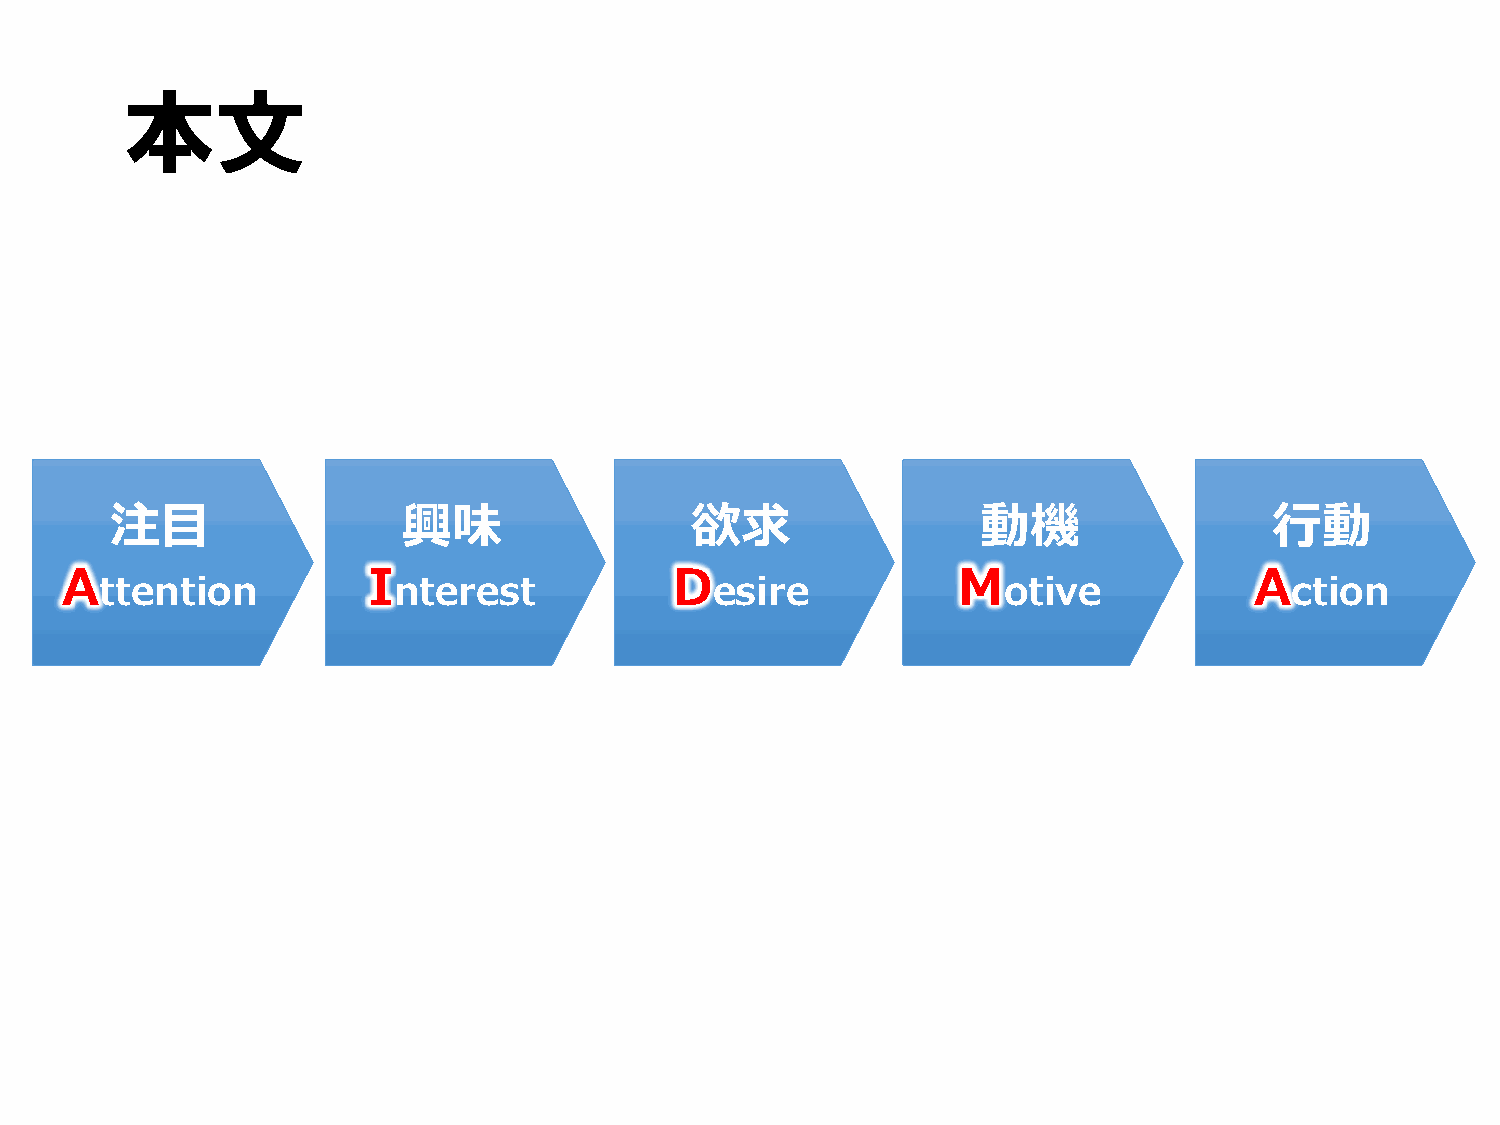
本文
 注⽬                  興味                 欲求                 動機                 ⾏動
 A                   I                    D                 M                   A
 ttention           nterest              esire              otive               ction